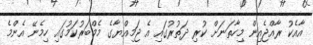
އާއެކު ރާއްޖެއިން މިހާތަނަށް ކުރި ދަތުރުގައި އެ ޖަމިއްޔާގެ މެމްބަރުކަމުގައި ހިމެނޭ އެންމެ